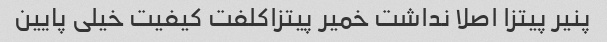
پنیر پیتزا اصلا نداشت خمیر پیتزاکلفت کیفیت خیلی پایین